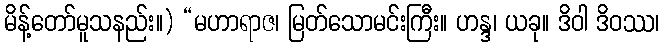
မိန့်တော်မူသနည်း။) “မဟာရာဇ၊ မြတ်သောမင်းကြီး။ ဟန္ဒ၊ ယခု။ ဒိဝါ ဒိဝဿ၊